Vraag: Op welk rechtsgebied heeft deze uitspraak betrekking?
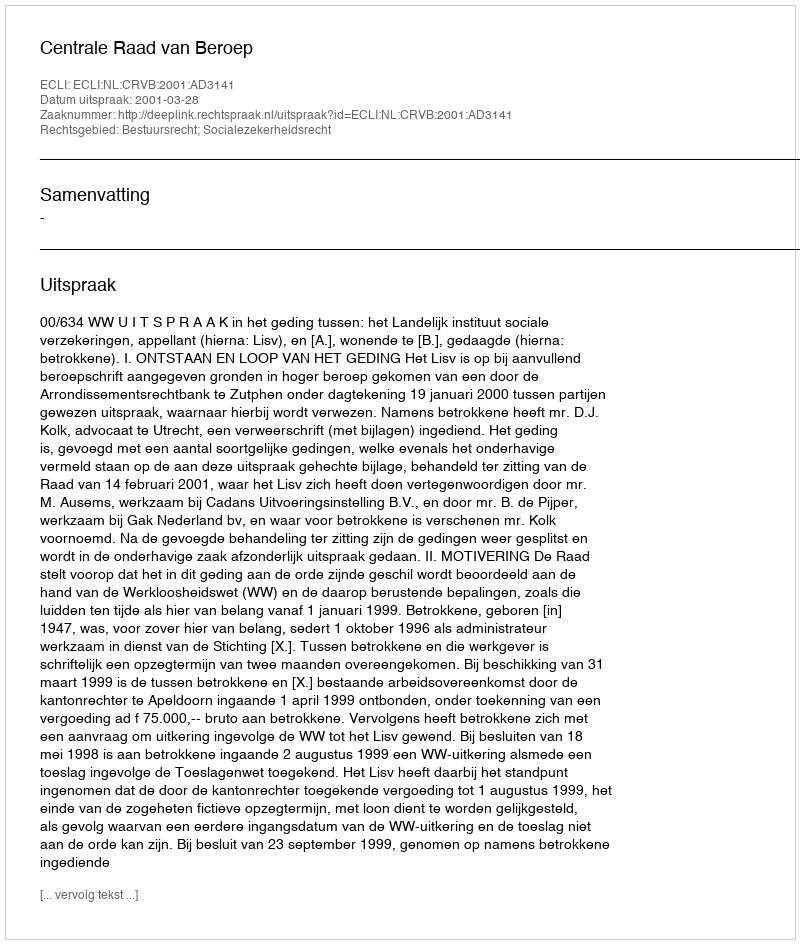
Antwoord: Bestuursrecht; Socialezekerheidsrecht